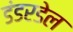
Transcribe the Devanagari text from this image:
डंडरडेल